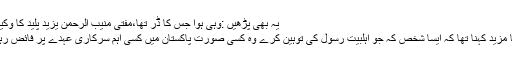
یہ بھی پڑھیں :وہی ہوا جس کا ڈر تھا،مفتی منیب الرحمٰن یزید پلید کا وکیل صفائی بن گیا
شگفتہ جمانی کا مزید کہنا تھا کہ ایسا شخص کہ جو اہلبیت رسولؐ کی توہین کرے وہ کسی صورت پاکستان میں کسی اہم سرکاری عہدے پر فائض رہنے کا اہل نھیں۔